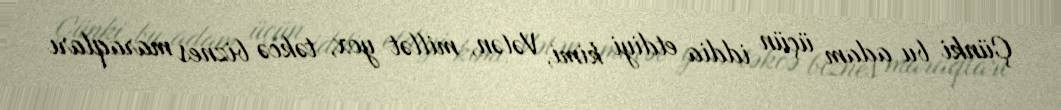
Çünki bu adam üçün iddia etdiyi kimi, Vətən, millət yox, təkcə biznes maraqları